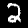
Label: 2